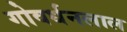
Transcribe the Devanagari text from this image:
गोवर्धनलाल